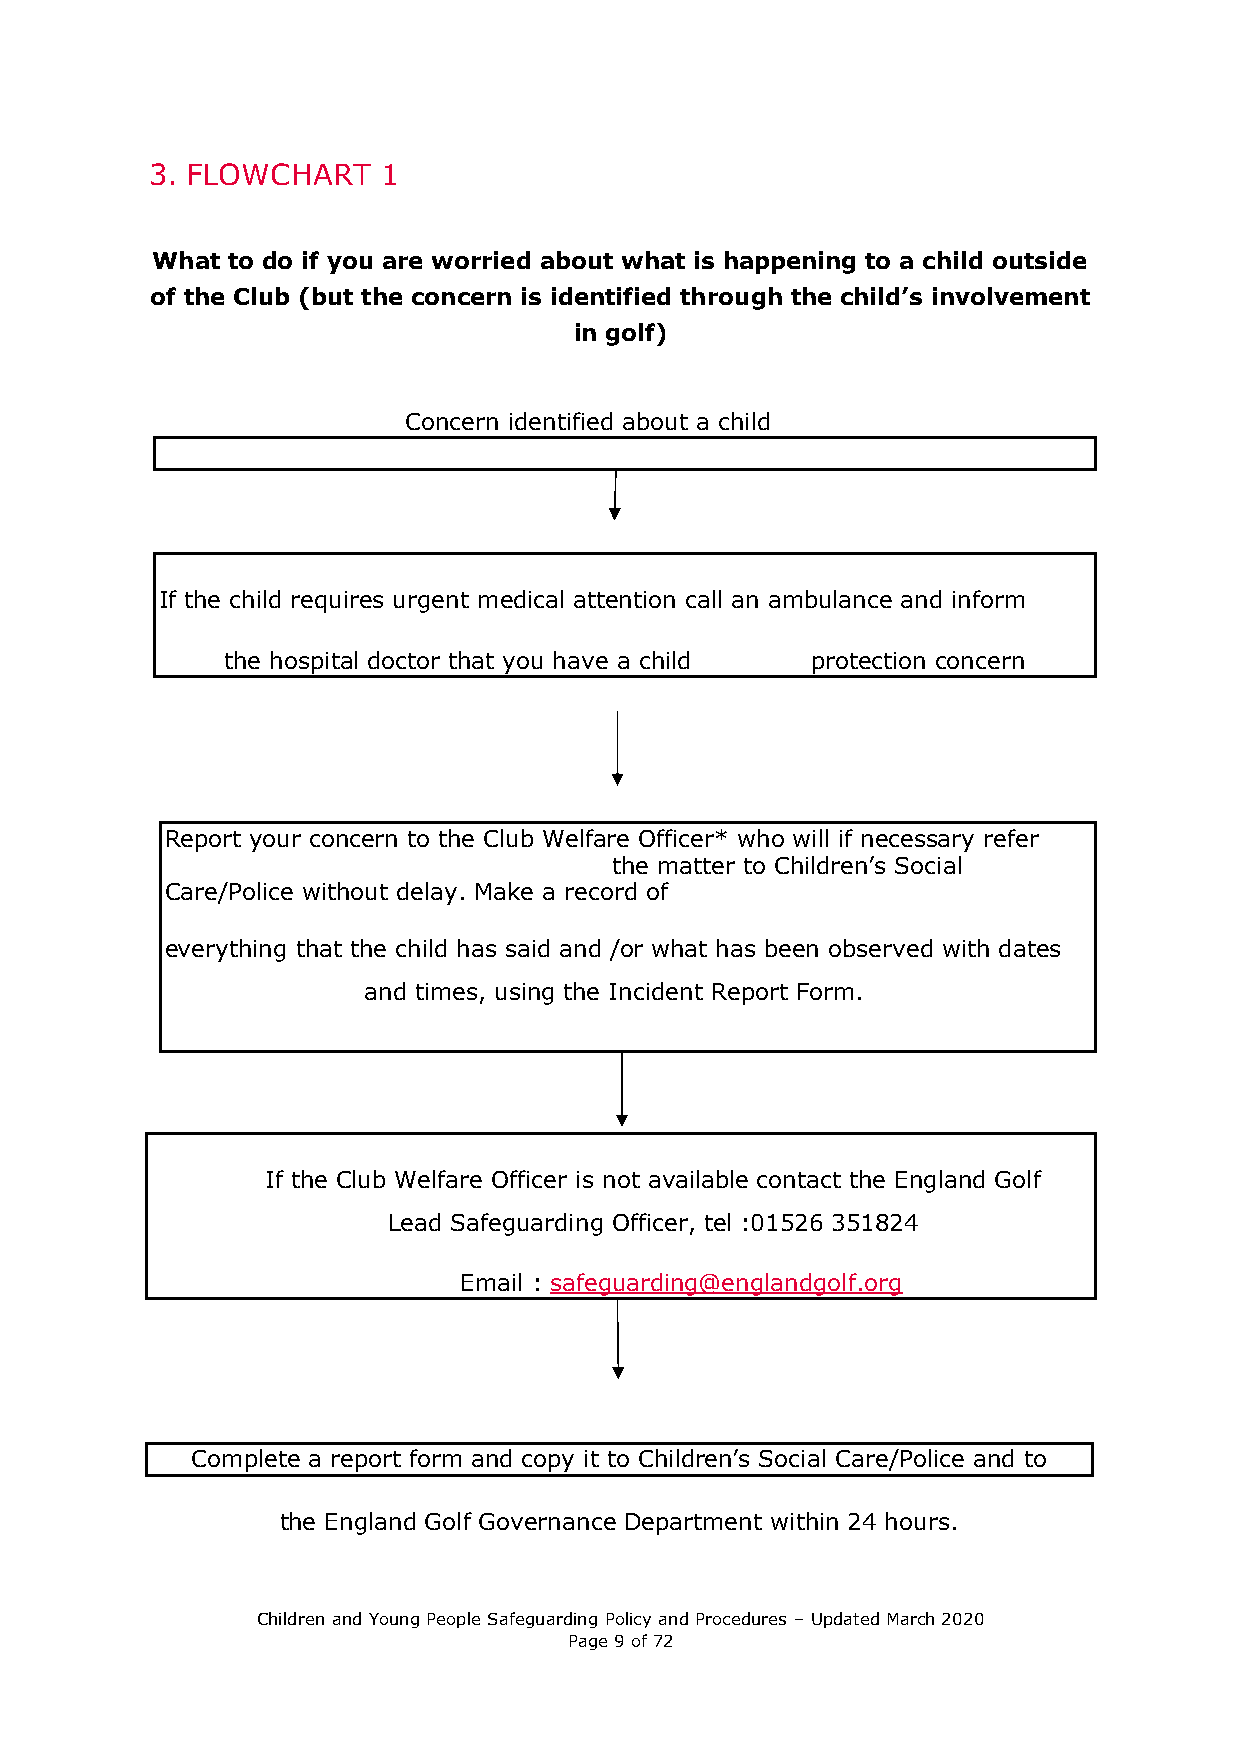
3. FLOWCHART   1
 What to do if you are worried about what is happening to a child outside
 of the Club (but the concern is identified through the child’s involvement
 in golf)
 Concern identified about a child
 If the child requires urgent medical attention call an ambulance and inform
 the hospital doctor that you have a child protection concern
 Report your concern to the Club Welfare Officer* who will if necessary refer
 the matter to Children’s Social
 Care/Police without delay. Make a record of
 everything that the child has said and /or what has been observed with dates
 and times, using the Incident Report Form.
 If the Club Welfare Officer is not available contact the England Golf
 Lead Safeguarding Officer, tel :01526 351824
 Email : safeguarding@englandgolf.org
 Complete a report form and copy it to Children’s Social Care/Police and to
 the England Golf Governance Department within 24 hours.
 Children and Young People Safeguarding Policy and Procedures – Updated March 2020
 Page 9 of 72